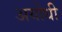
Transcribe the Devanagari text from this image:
अयोधी